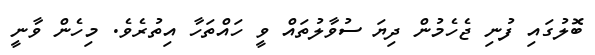
ބޮލުގައި ފުނި ޖެހެމުން ދިޔަ ސުވާލުތައް ވީ ހައްތަހާ އިތުރެވެ. މިހެން ވާނީ